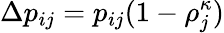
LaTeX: \Delta p_{ij}=p_{ij}(1-\rho_{j}^{\kappa})